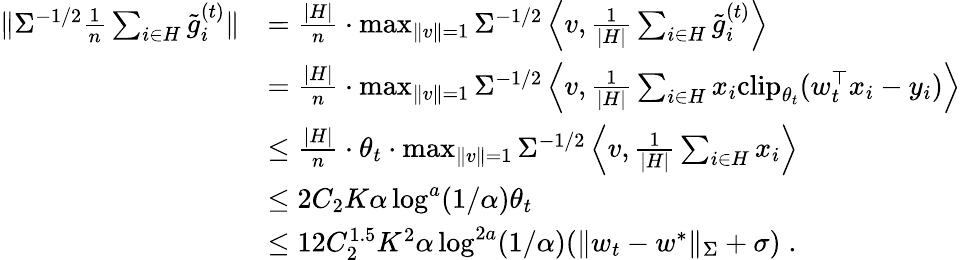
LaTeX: \begin{array}{rl}{\| \Sigma^{-1/2}\frac{1}{n}\sum_{i\in H}\tilde{g}_{i}^{(t)}\| }&{=\frac{|H|}{n}\cdot\operatorname*{max}_{\| v\| =1}\Sigma^{-1/2}\left\langle v,\frac{1}{|H|}\sum_{i\in H}\tilde{g}_{i}^{(t)}\right\rangle}\\ &{=\frac{|H|}{n}\cdot\operatorname*{max}_{\| v\| =1}\Sigma^{-1/2}\left\langle v,\frac{1}{|H|}\sum_{i\in H}x_{i}\mathrm{clip}_{\theta_{t}}(w_{t}^{\top}x_{i}-y_{i})\right\rangle}\\ &{\leq\frac{|H|}{n}\cdot\theta_{t}\cdot\operatorname*{max}_{\| v\| =1}\Sigma^{-1/2}\left\langle v,\frac{1}{|H|}\sum_{i\in H}x_{i}\right\rangle}\\ &{\leq 2C_{2}K\alpha\log^{a}(1/\alpha)\theta_{t}}\\ &{\leq 12C_{2}^{1.5}K^{2}\alpha\log^{2a}(1/\alpha)(\| w_{t}-w^{*}\| _{\Sigma}+\sigma)\; .}\end{array}